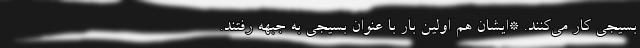
بسیجی کار می‌کنند. *ایشان هم اولین بار با عنوان بسیجی به جبهه رفتند.